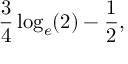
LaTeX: { \frac { 3 } { 4 } } \log _ { e } ( 2 ) - { \frac { 1 } { 2 } } ,